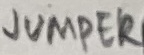
Text: JUMPER